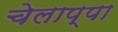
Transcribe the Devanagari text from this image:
चेलाप्पा